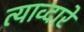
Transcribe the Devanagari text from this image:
त्याव्दारे